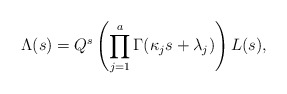
\begin{align*} \Lambda(s) = Q^s \left( \prod_{j=1}^a \Gamma(\kappa_j s + \lambda_j) \right) L(s),\end{align*}